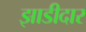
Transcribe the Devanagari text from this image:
झाडीदार